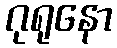
ဂုရုနော